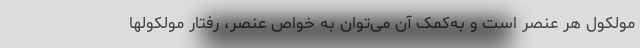
مولکول هر عنصر است و به‌کمک آن می‌توان به خواص عنصر، رفتار مولکولها